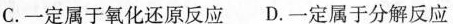
C.一定属于氧化还原反应 D.一定属于分解反应